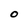
Character: O